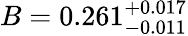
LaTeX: B=0.261_{-0.011}^{+0.017}